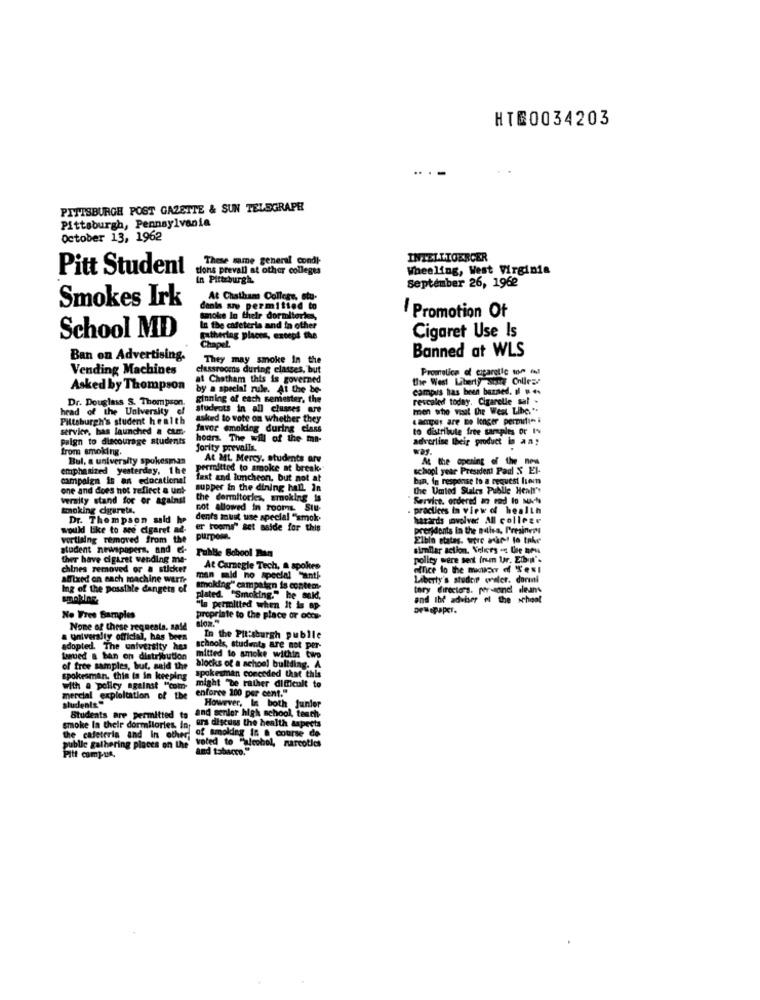
HTE0034203
PITTSBURGH POST GAZETTE & SUN TELEGRAPH
Pittsburgh, Pennsylvania
October 13, 1962
These same general condi-
INTELLIGERCER
Pitt Student
tions prevall at other colleges
Wheeling, West Virginia
In Pittsburgh
September 26, 1962
Smokes Irk
At Chatham Collere, stu-
wany permitted to
Promotion Of
School MD
In the cafeteria and in other
gathering places, except the
Cigaret Use Is
Chapel
Ban on Advertising.
They may smoke In the
Banned at WLS
Vending Machines
classrooms during classes, but
Prowiulice of egarotic som ml
at Chatham this is governed
the West Liberty sont Colles
Asked by Thompson
by a special rule. At the be-
Dr. Douglass S. Thompson
Rinning of each semester, the
revealed today. Cigarelle sal .
campus has been banned. Il . ..
head of the University of
students in all classes are
men who visit the West Libe."
Pittsburgh's student health
asked to vote on whether they
campus are no longer permit :-
service, has launched a cam-
favor smoking during class
to distribute free samples or Iv
Paign to discourage students
hours. The will of the ma-
advertise their product in any
from smoking.
fority prevails.
Way.
Bul, a university spokesman
At ML Mercy, students are
At the opening of the new
emphasized yesterday, the
permitted to smoke at break-
school year President Pad $ El-
campaign is an educational
Text and luncheon, but not at
bin, in response to a request liem
one and does not reflect a unt-
supper in the dining hall. In
the Umted Stales Publie Healt's
veraity stand for or against
the dormitories, smoking is
Service. ordered in red lo Noche
smoking dgarets,
not allowed in rooms. Siu-
practices in view of health
Dr. Thompson said he
dents must use special "smok-
hazards povolve: All college
would Like to see cigaret ad-
er rooms" set aside for this
presidents In the nelles, Presinem
vertising removed from the
purpose.
Elbin states. wire war! le take
student newspapers, and el-
Publie Bobool Ban
similar action. Velices . Une meu
ther have cigaret vending me-
polity were sent Inum Ur. Etit's
chines removed or a sticker
At Carnegie Tech, a spokes
office to the manter of Sesi
Affixed on each machine werth
man mid no special "anti-
Liberty's steder waler. dormi
Ing of the possible dangers of
Smoking" campaign is contem-
tory directors. personel deans
smokine.
plated. "Smoking." he said,
and Ibf adviser of the
"la permitted when it is ap
oruapaper.
No Free Samples
proprinte to the place or ocor-
slow."
None of these regnesta. said
a university official, has been
In the Pittsburgh publie
adopted. The university has
schools, students are not per-
Lowbed & ban on distribution
mitted to smoke within two
of free samples, but, said the
blocks of a school building. A
spokesman conceded that this
spokesman. this is in keeping
with a polley against ""com-
might "De rather difficult to
enforce 200 per cent."
students"
mercial exploitation of the
However, In both Junior
Students are permitted to
and senior high school, teach-
smoke In their dormitories, in
of smoking in a course de
ers discuss the health aspects
the cafeteria and In other
voted to "alcohol, narcotics
public gathering places on the
and tobacco."
Pitt campus.